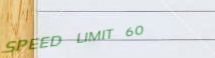
SPEED LIMIT 60